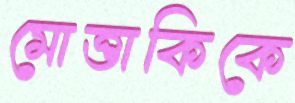
মোত্তাকিকে